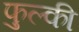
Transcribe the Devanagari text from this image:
फुल्‍की